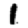
Digit: 1